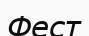
Фест